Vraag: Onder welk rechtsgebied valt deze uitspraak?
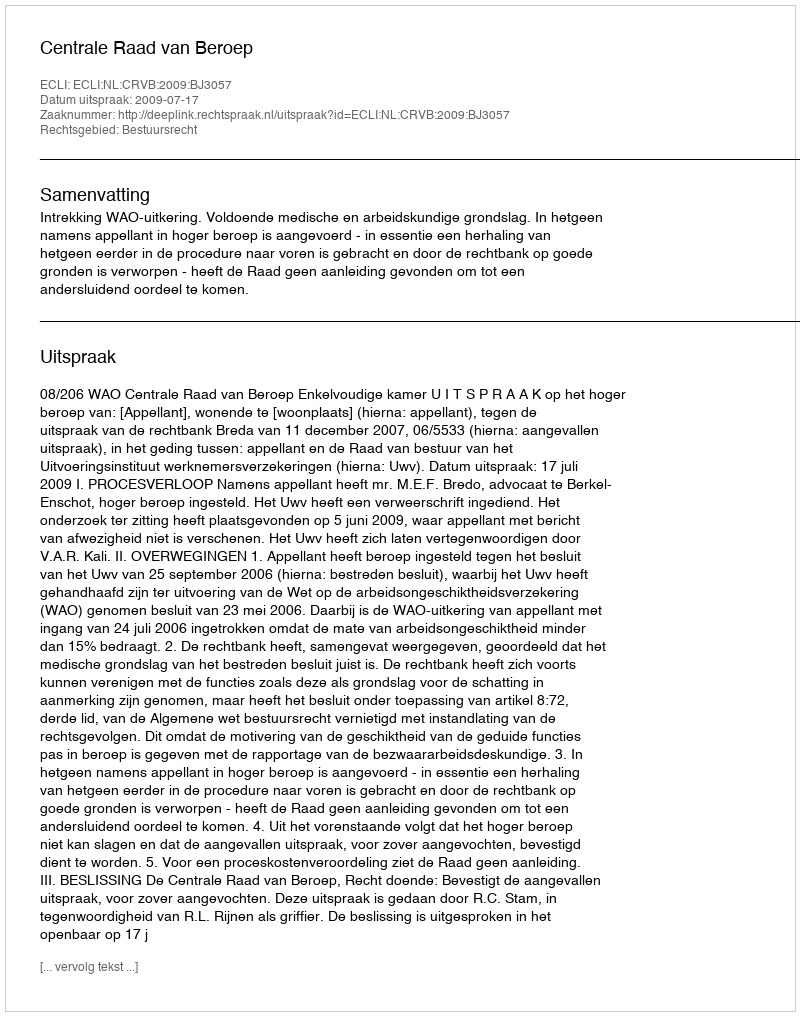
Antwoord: Bestuursrecht